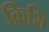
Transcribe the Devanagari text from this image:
क्रिशि